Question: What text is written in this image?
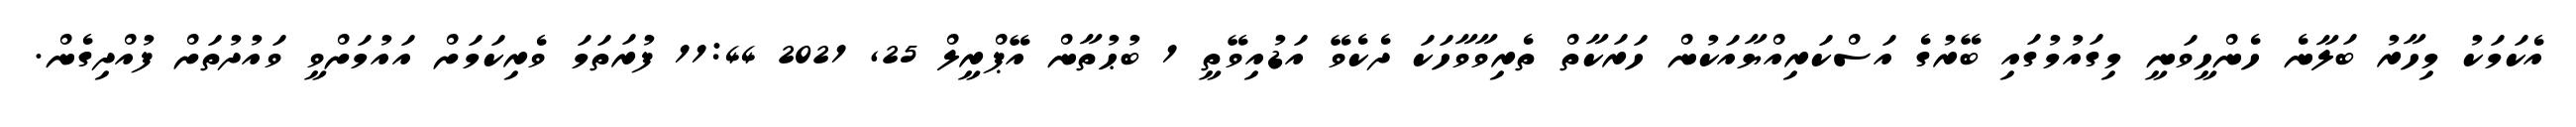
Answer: އެކަމަކު މިހާރު ބަލާނެ ހެންހީވަނީ މިގައުމުގައި ބޭރުގެ އަސްކަރިއްޔާއަކުން ހަރަކާތް ތެރިވާވާހަކަ ދެކެވޭ އަޑުއިވޭތީ 1 ބުޙުތާން އޭޕްރީލް 25, 2021 11:44 ފުރަތަމަ ވެރިކަމަށް އައުމަށްވީ ވައުދުތަށް ފުއްދިގެން.